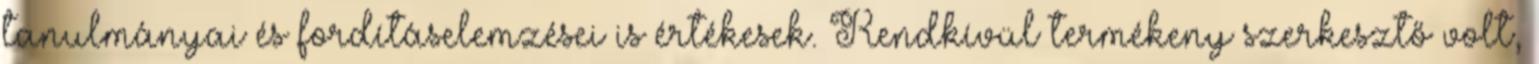
tanulmányai és fordításelemzései is értékesek. Rendkívül termékeny szerkesztő volt,